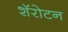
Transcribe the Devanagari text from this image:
शॅरोटन